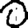
Digit: 0